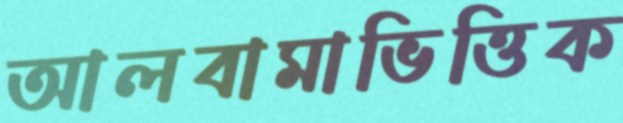
আলবামাভিত্তিক